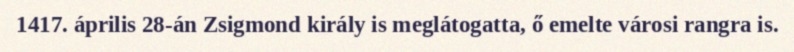
1417. április 28-án Zsigmond király is meglátogatta, ő emelte városi rangra is.